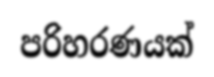
පරිහරණයක්